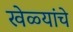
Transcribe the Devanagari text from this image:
खेळ्यांचे